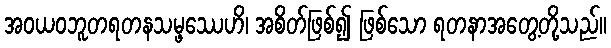
အဝယဝဘူတရတနသမ္ဖဿေဟိ၊ အစိတ်ဖြစ်၍ ဖြစ်သော ရတနာအတွေ့တို့သည်။